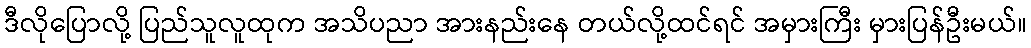
ဒီလိုပြောလို့ ပြည်သူလူထုက အသိပညာ အားနည်းနေ တယ်လို့ထင်ရင် အမှားကြီး မှားပြန်ဦးမယ်။